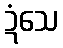
ဍံသေ